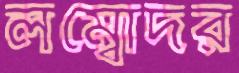
লম্বোদর